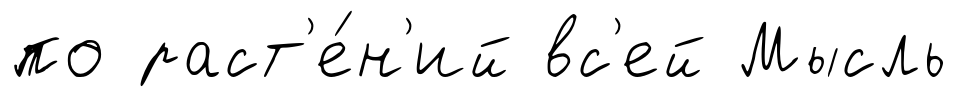
по раст'е́н'ий вс'ей Мысль